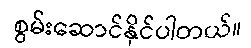
စွမ်းဆောင်နိုင်ပါတယ်။